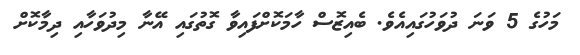
މަހުގެ 5 ވަނަ ދުވަހުގައިއެވެ. ބެއިޒޮސް ހާމަކޮށްފައިވާ ގޮތުގައި އޭނާ މިދުވަހާއި ދިމާކޮށް